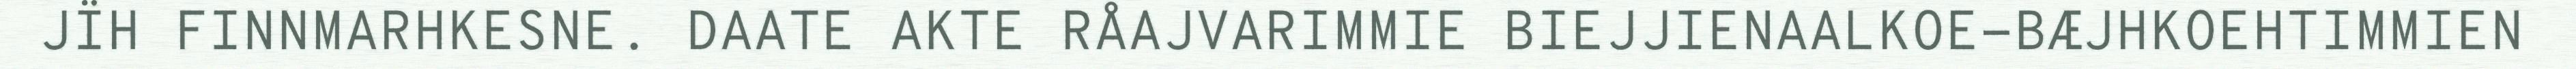
JÏH FINNMARHKESNE. DAATE AKTE RÅAJVARIMMIE BIEJJIENAALKOE-BÆJHKOEHTIMMIEN